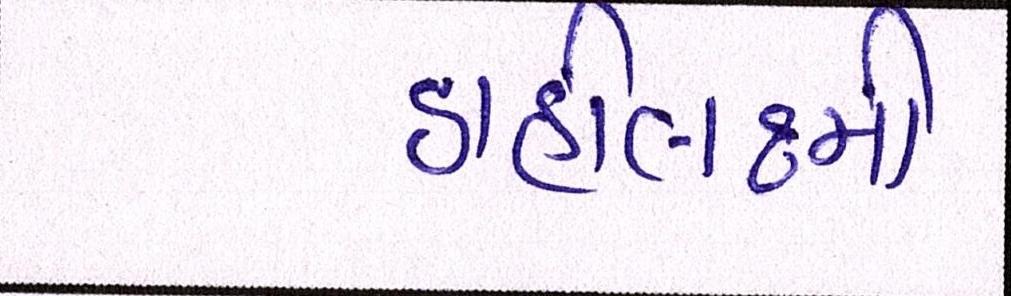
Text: ડાહીલક્ષ્મી